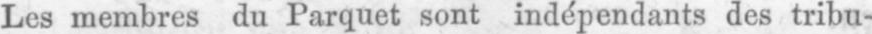
Les membres du Parquet sont indépendants des tribu-